65_HS1-834228961_62-HQ-83894_Section_2
Agency: FBI
Page 123
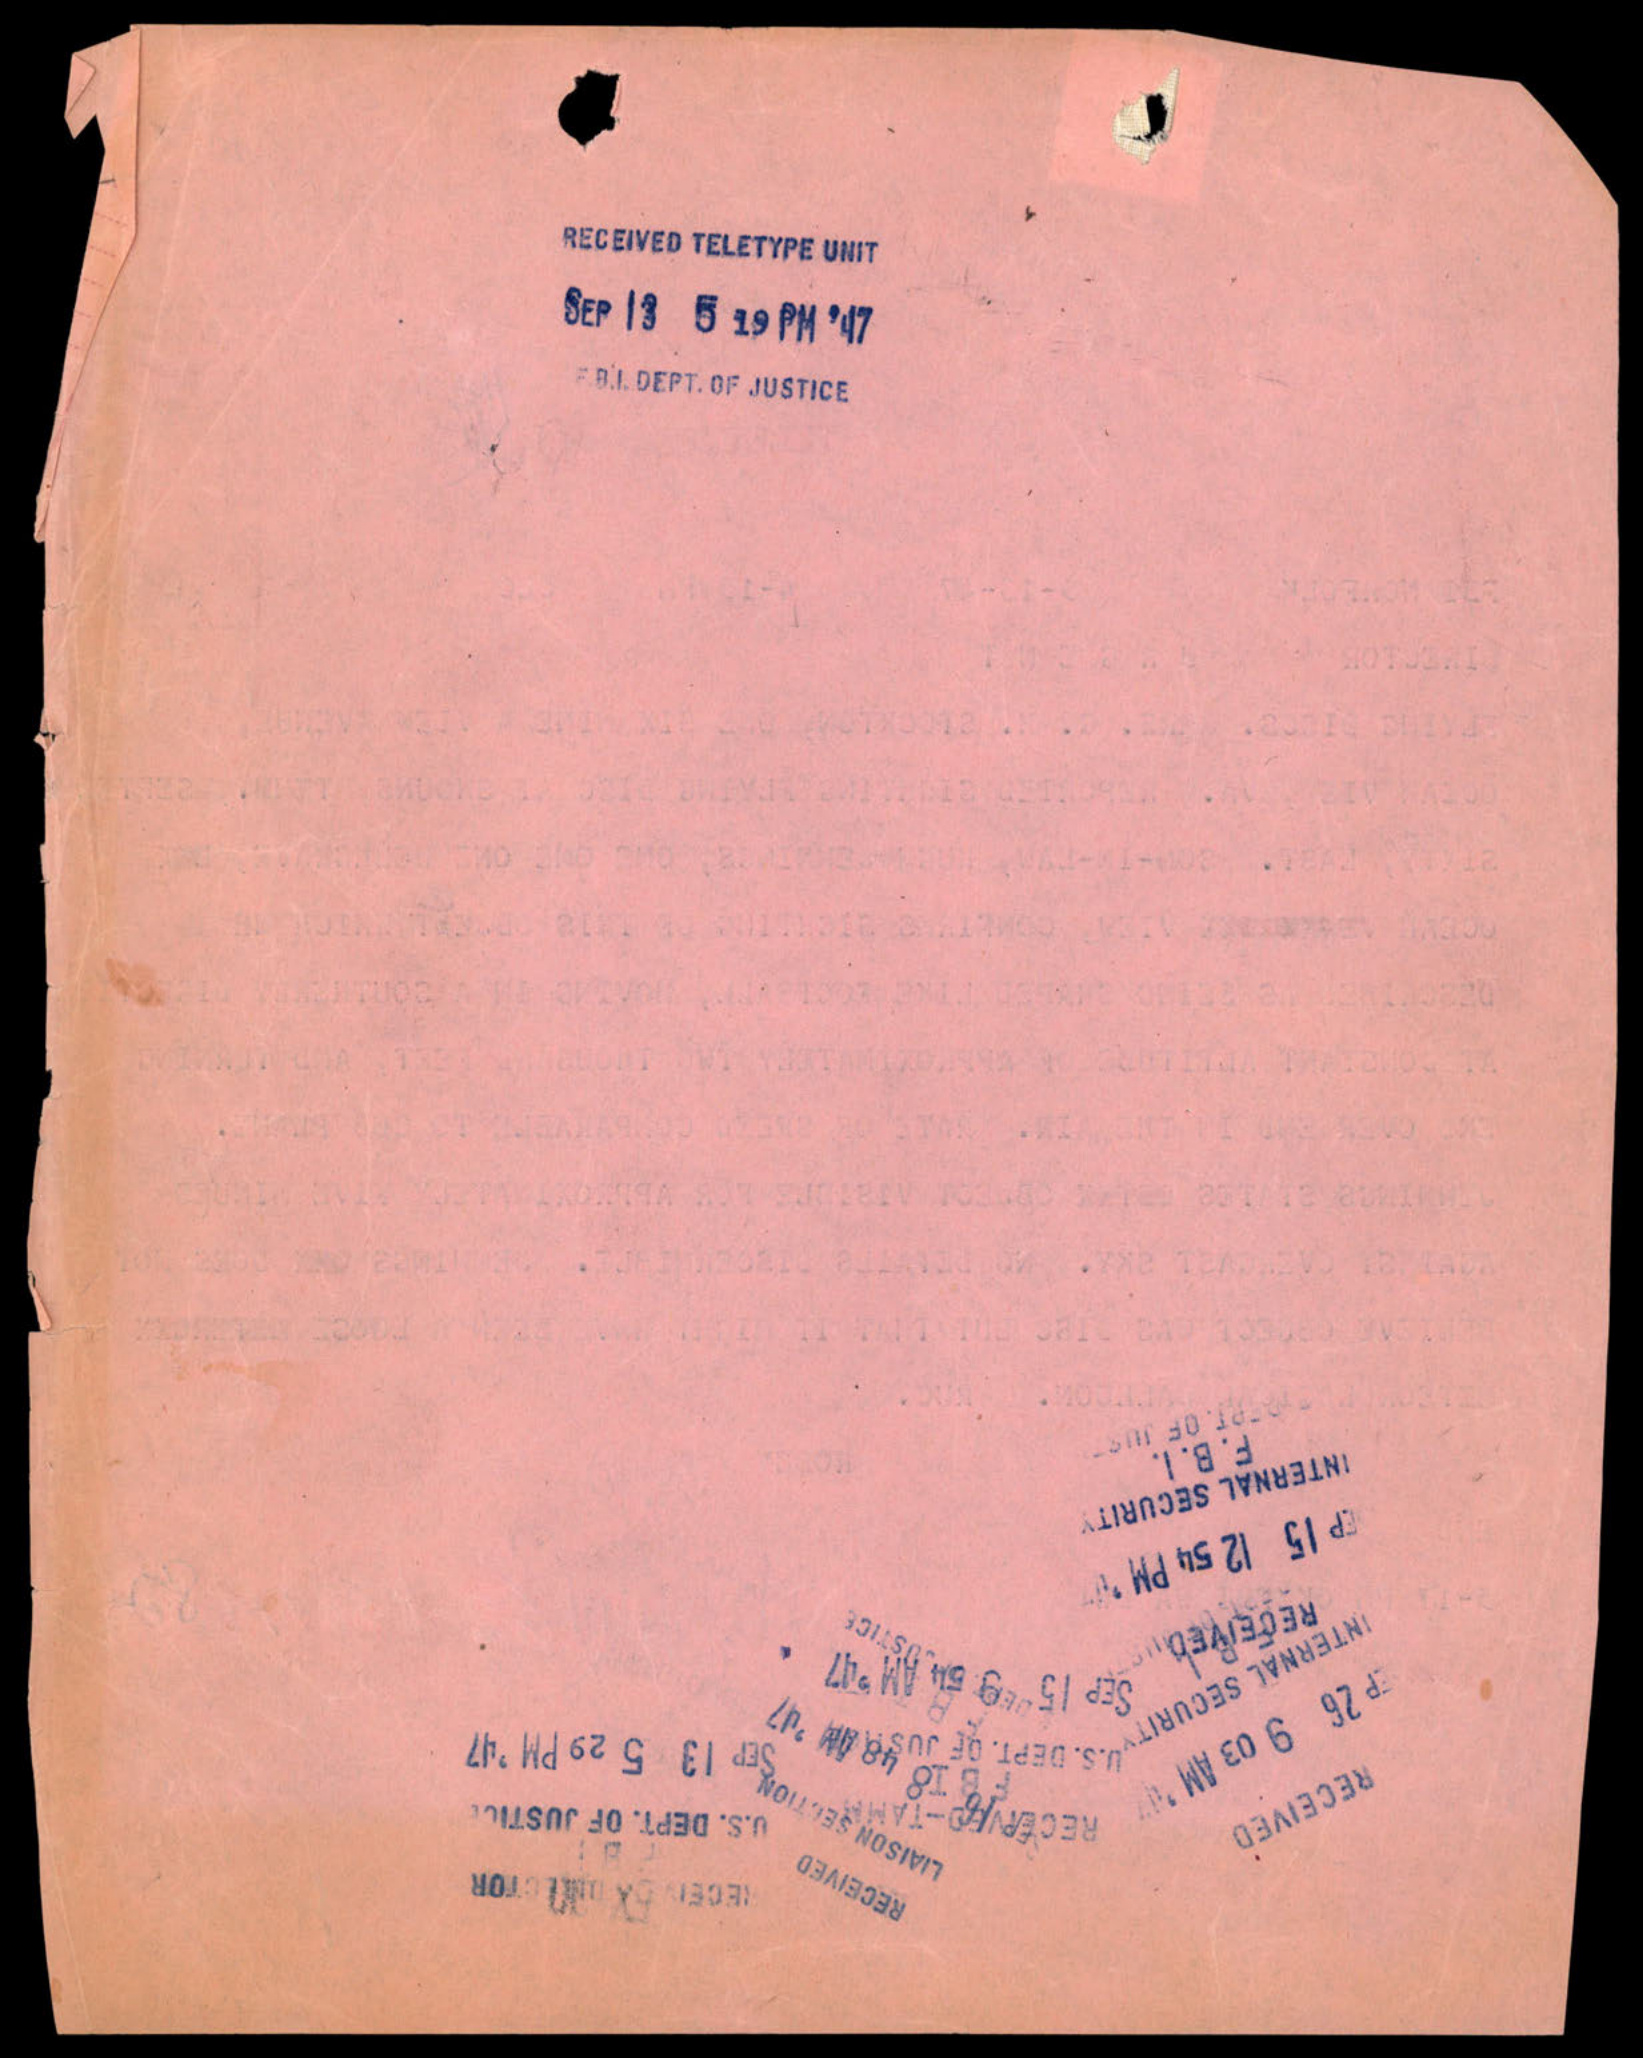